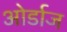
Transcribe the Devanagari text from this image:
ओर्डाज